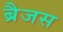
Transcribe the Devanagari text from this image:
ब्रैजस